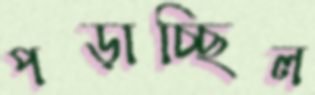
পড়াচ্ছিল